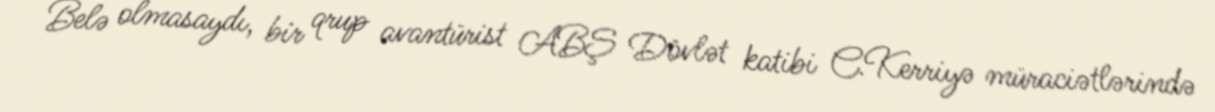
Belə olmasaydı, bir qrup avantürist ABŞ Dövlət katibi C.Kerriyə müraciətlərində